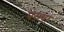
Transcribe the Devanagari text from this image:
परुषा